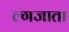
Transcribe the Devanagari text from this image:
ल्गजाता